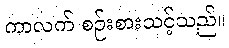
ကာလက် စဉ်းစားသင့်သည်။